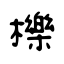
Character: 櫟